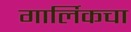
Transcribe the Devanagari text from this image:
गार्लिकचा